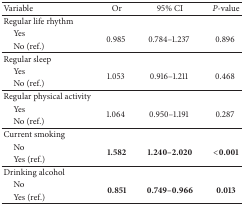
<table><thead><tr><td><b>Variable</b></td><td><b>Or</b></td><td><b>95% CI</b></td><td><b><i>P</i>-value</b></td></tr></thead><tbody><tr><td>Regular life rhythm </td><td> </td><td> </td><td> </td></tr><tr><td> Yes </td><td rowspan="2">0.985 </td><td rowspan="2">0.784–1.237 </td><td rowspan="2">0.896 </td></tr><tr><td> No (ref.)</td></tr><tr><td>Regular sleep </td><td> </td><td> </td><td> </td></tr><tr><td> Yes </td><td rowspan="2">1.053 </td><td rowspan="2">0.916–1.211 </td><td rowspan="2">0.468 </td></tr><tr><td> No (ref.)</td></tr><tr><td>Regular physical activity </td><td> </td><td> </td><td> </td></tr><tr><td> Yes </td><td rowspan="2">1.064 </td><td rowspan="2">0.950–1.191 </td><td rowspan="2">0.287 </td></tr><tr><td> No (ref.) </td></tr><tr><td>Current smoking </td><td> </td><td> </td><td> </td></tr><tr><td> No </td><td rowspan="2"><b>1.582</b></td><td rowspan="2"><b>1.240–2.020</b></td><td rowspan="2"><b>&lt;0.001</b></td></tr><tr><td> Yes (ref.) </td></tr><tr><td>Drinking alcohol </td><td> </td><td> </td><td> </td></tr><tr><td> No </td><td rowspan="2"><b>0.851</b></td><td rowspan="2"><b>0.749–0.966</b></td><td rowspan="2"><b>0.013</b></td></tr><tr><td> Yes (ref.)</td></tr></tbody></table>